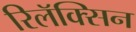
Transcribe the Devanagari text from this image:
रिलॅक्सिन